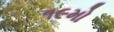
૧૯મો